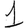
Digit: 1